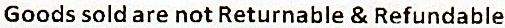
GOODS SOLD ARE NOT RETURNABLE & REFUNDABLE